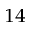
^ { 1 4 }